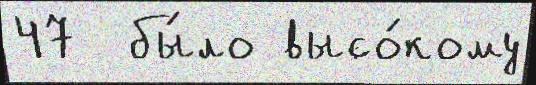
47  бы́ло высо́кому